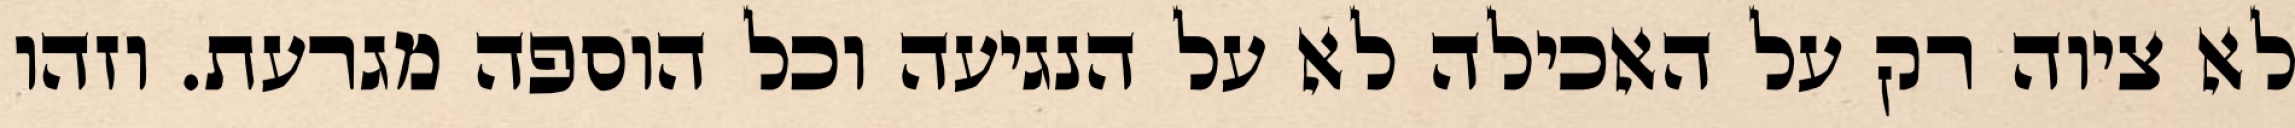
לא ציוה רק על האכילה לא על הנגיעה וכל הוספה מגרעת. וזהו